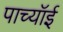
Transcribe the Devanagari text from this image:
पाच्यॉई